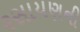
રસાયણની